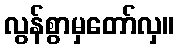
လွန်စွာမှတော်လှ။